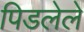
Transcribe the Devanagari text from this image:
पिडलेले